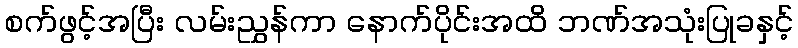
စက်ဖွင့်အပြီး လမ်းညွှန်ကာ နောက်ပိုင်းအထိ ဘဏ်အသုံးပြုခနှင့်